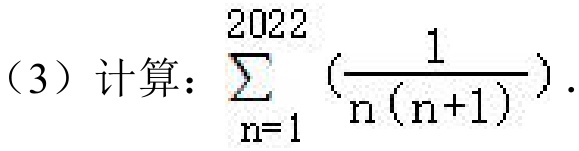
（3）计算：\(\sum_{n = 1}^{2022} \left(\frac{1}{n(n + 1)}\right)\).